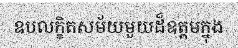
ឧបលក្ខិតសម័យមួយដ៏ឧត្តមក្នុង